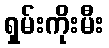
ရှမ်းကိုးမီး